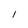
Character: I